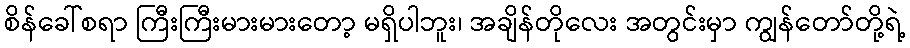
စိန်ခေါ်စရာ ကြီးကြီးမားမားတော့ မရှိပါဘူး၊ အချိန်တိုလေး အတွင်းမှာ ကျွန်တော်တို့ရဲ့